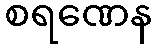
စရဏေန